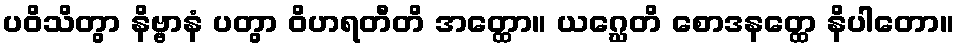
ပဝိသိတွာ နိဗ္ဗာနံ ပတွာ ဝိဟရတီတိ အတ္ထော။ ယဂ္ဃေတိ စောဒနတ္ထေ နိပါတော။